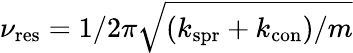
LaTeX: \nu_{\mathrm{res}}=1/2\pi\sqrt{(k_{\mathrm{spr}}+k_{\mathrm{con}})/m}